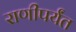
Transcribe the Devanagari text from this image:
राणीपर्यंत